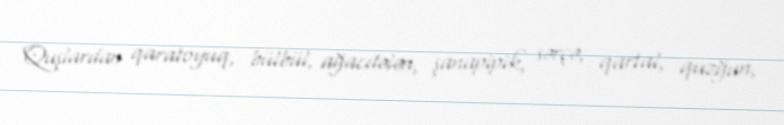
Quşlardan qaratoyuq, bülbül, ağacdələn, şanapipik, sərçə, qartal, quzğun,